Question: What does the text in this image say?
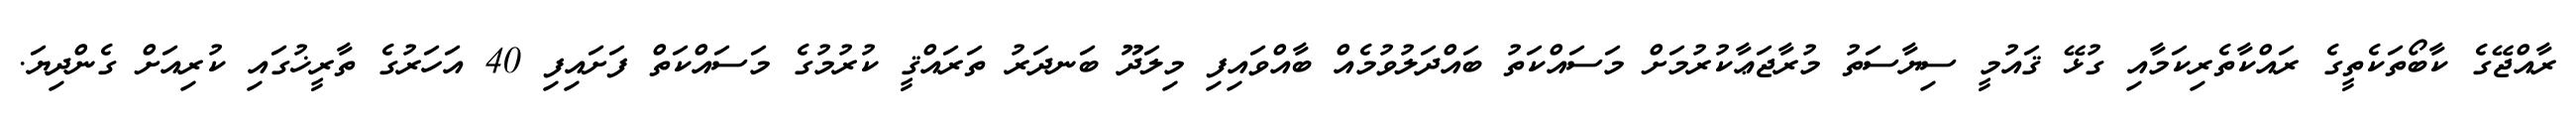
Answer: ރާއްޖޭގެ ކާބޯތަކެތީގެ ރައްކާތެރިކަމާއި ގުޅޭ ޤައުމީ ސިޔާސަތު މުރާޖަޢާކުރުމަށް މަސައްކަތު ބައްދަލުވުމެއް ބާއްވައިފި މިލަދޫ ބަނދަރު ތަރައްޤީ ކުރުމުގެ މަސައްކަތް ފަށައިފި 40 އަހަރުގެ ތާރީޚުގައި ކުރިއަށް ގެންދިޔަ.